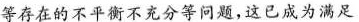
等存在的不平衡不充分等问题，这已成为满足